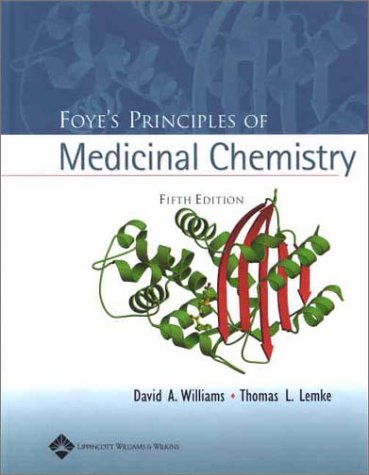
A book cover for Foye's Principles of Medicinal Chemistry; David A. Williams; Medical Books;